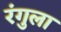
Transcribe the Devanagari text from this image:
रंगुला